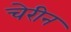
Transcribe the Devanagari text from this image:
चेरीन